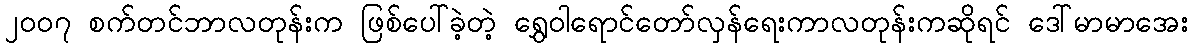
၂၀၀၇ စက်တင်ဘာလတုန်းက ဖြစ်ပေါ်ခဲ့တဲ့ ရွှေဝါရောင်တော်လှန်ရေးကာလတုန်းကဆိုရင် ဒေါ်မာမာအေး